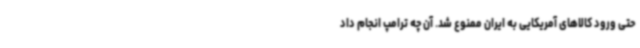
حتی ورود کالاهای آمریکایی به ایران ممنوع شد. آن چه ترامپ انجام داد